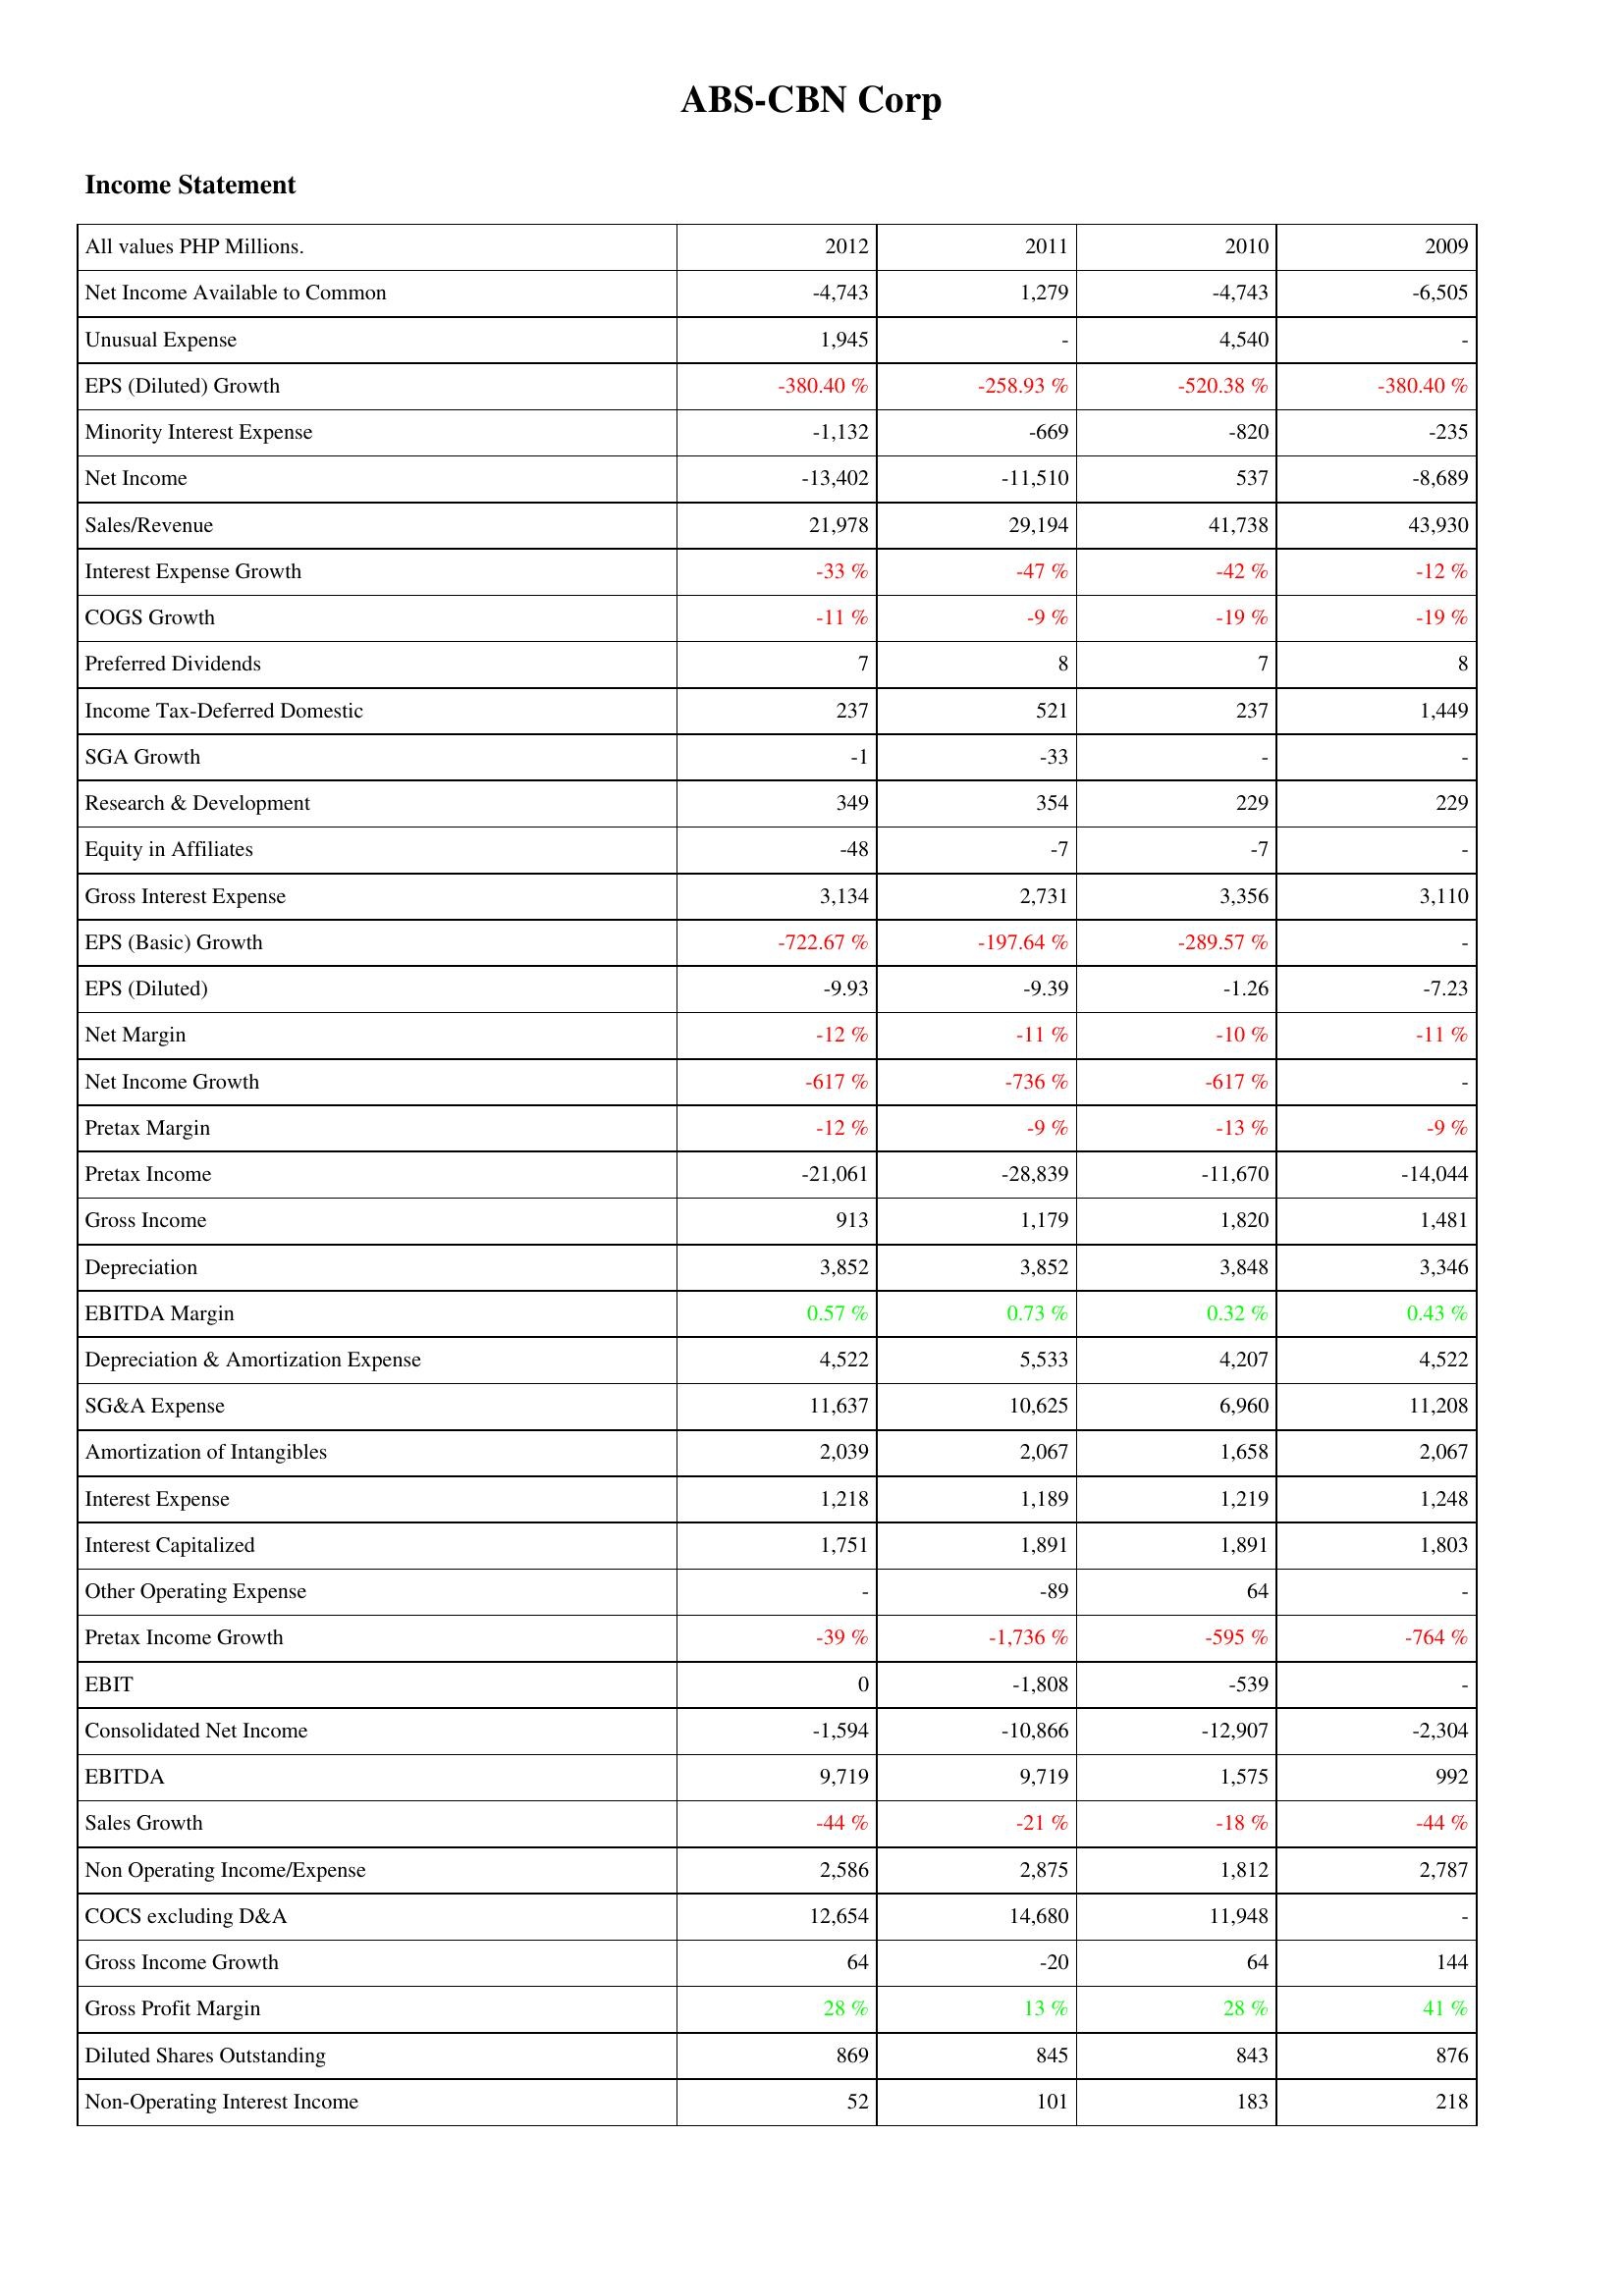
2012: Income Statement: Net Income Available to Common: -4,743
Unusual Expense: 1,945
EPS (Diluted) Growth: -380.40 %
Minority Interest Expense: -1,132
Net Income: -13,402
Sales/Revenue: 21,978
Interest Expense Growth: -33 %
COGS Growth: -11 %
Preferred Dividends: 7
Income Tax-Deferred Domestic: 237
SGA Growth: -1
Research & Development: 349
Equity in Affiliates: -48
Gross Interest Expense: 3,134
EPS (Basic) Growth: -722.67 %
EPS (Diluted): -9.93
Net Margin: -12 %
Net Income Growth: -617 %
Pretax Margin: -12 %
Pretax Income: -21,061
Gross Income: 913
Depreciation: 3,852
EBITDA Margin: 0.57 %
Depreciation & Amortization Expense: 4,522
SG&A Expense: 11,637
Amortization of Intangibles: 2,039
Interest Expense: 1,218
Interest Capitalized: 1,751
Other Operating Expense: -
Pretax Income Growth: -39 %
EBIT: 0
Consolidated Net Income: -1,594
EBITDA: 9,719
Sales Growth: -44 %
Non Operating Income/Expense: 2,586
COCS excluding D&A: 12,654
Gross Income Growth: 64
Gross Profit Margin: 28 %
Diluted Shares Outstanding: 869
Non-Operating Interest Income: 52
2011: Income Statement: Net Income Available to Common: 1,279
Unusual Expense: -
EPS (Diluted) Growth: -258.93 %
Minority Interest Expense: -669
Net Income: -11,510
Sales/Revenue: 29,194
Interest Expense Growth: -47 %
COGS Growth: -9 %
Preferred Dividends: 8
Income Tax-Deferred Domestic: 521
SGA Growth: -33
Research & Development: 354
Equity in Affiliates: -7
Gross Interest Expense: 2,731
EPS (Basic) Growth: -197.64 %
EPS (Diluted): -9.39
Net Margin: -11 %
Net Income Growth: -736 %
Pretax Margin: -9 %
Pretax Income: -28,839
Gross Income: 1,179
Depreciation: 3,852
EBITDA Margin: 0.73 %
Depreciation & Amortization Expense: 5,533
SG&A Expense: 10,625
Amortization of Intangibles: 2,067
Interest Expense: 1,189
Interest Capitalized: 1,891
Other Operating Expense: -89
Pretax Income Growth: -1,736 %
EBIT: -1,808
Consolidated Net Income: -10,866
EBITDA: 9,719
Sales Growth: -21 %
Non Operating Income/Expense: 2,875
COCS excluding D&A: 14,680
Gross Income Growth: -20
Gross Profit Margin: 13 %
Diluted Shares Outstanding: 845
Non-Operating Interest Income: 101
2010: Income Statement: Net Income Available to Common: -4,743
Unusual Expense: 4,540
EPS (Diluted) Growth: -520.38 %
Minority Interest Expense: -820
Net Income: 537
Sales/Revenue: 41,738
Interest Expense Growth: -42 %
COGS Growth: -19 %
Preferred Dividends: 7
Income Tax-Deferred Domestic: 237
SGA Growth: -
Research & Development: 229
Equity in Affiliates: -7
Gross Interest Expense: 3,356
EPS (Basic) Growth: -289.57 %
EPS (Diluted): -1.26
Net Margin: -10 %
Net Income Growth: -617 %
Pretax Margin: -13 %
Pretax Income: -11,670
Gross Income: 1,820
Depreciation: 3,848
EBITDA Margin: 0.32 %
Depreciation & Amortization Expense: 4,207
SG&A Expense: 6,960
Amortization of Intangibles: 1,658
Interest Expense: 1,219
Interest Capitalized: 1,891
Other Operating Expense: 64
Pretax Income Growth: -595 %
EBIT: -539
Consolidated Net Income: -12,907
EBITDA: 1,575
Sales Growth: -18 %
Non Operating Income/Expense: 1,812
COCS excluding D&A: 11,948
Gross Income Growth: 64
Gross Profit Margin: 28 %
Diluted Shares Outstanding: 843
Non-Operating Interest Income: 183
2009: Income Statement: Net Income Available to Common: -6,505
Unusual Expense: -
EPS (Diluted) Growth: -380.40 %
Minority Interest Expense: -235
Net Income: -8,689
Sales/Revenue: 43,930
Interest Expense Growth: -12 %
COGS Growth: -19 %
Preferred Dividends: 8
Income Tax-Deferred Domestic: 1,449
SGA Growth: -
Research & Development: 229
Equity in Affiliates: -
Gross Interest Expense: 3,110
EPS (Basic) Growth: -
EPS (Diluted): -7.23
Net Margin: -11 %
Net Income Growth: -
Pretax Margin: -9 %
Pretax Income: -14,044
Gross Income: 1,481
Depreciation: 3,346
EBITDA Margin: 0.43 %
Depreciation & Amortization Expense: 4,522
SG&A Expense: 11,208
Amortization of Intangibles: 2,067
Interest Expense: 1,248
Interest Capitalized: 1,803
Other Operating Expense: -
Pretax Income Growth: -764 %
EBIT: -
Consolidated Net Income: -2,304
EBITDA: 992
Sales Growth: -44 %
Non Operating Income/Expense: 2,787
COCS excluding D&A: -
Gross Income Growth: 144
Gross Profit Margin: 41 %
Diluted Shares Outstanding: 876
Non-Operating Interest Income: 218